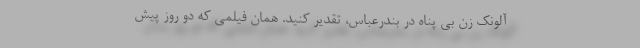
آلونک زن بی پناه در بندرعباس، تقدیر کنید. همان فیلمی که دو روز پیش